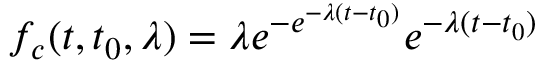
f _ { c } ( t , t _ { 0 } , \lambda ) = \lambda e ^ { - e ^ { - \lambda ( t - t _ { 0 } ) } } e ^ { - \lambda ( t - t _ { 0 } ) }